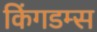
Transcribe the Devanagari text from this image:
किंगडम्स